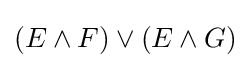
(E\land F)\lor (E\land G)